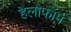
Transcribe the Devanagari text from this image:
हैलोफॉर्म